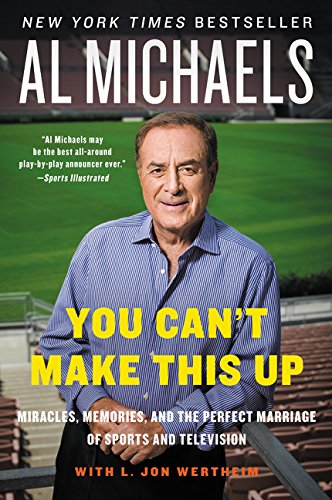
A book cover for You Can't Make This Up: Miracles, Memories, and the Perfect Marriage of Sports and Television; Al Michaels; Biographies & Memoirs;